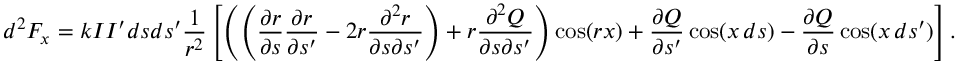
d ^ { 2 } F _ { x } = k I I ^ { \prime } d s d s ^ { \prime } { \frac { 1 } { r ^ { 2 } } } \left[ \left( \left( { \frac { \partial r } { \partial s } } { \frac { \partial r } { \partial s ^ { \prime } } } - 2 r { \frac { \partial ^ { 2 } r } { \partial s \partial s ^ { \prime } } } \right) + r { \frac { \partial ^ { 2 } Q } { \partial s \partial s ^ { \prime } } } \right) \cos ( r x ) + { \frac { \partial Q } { \partial s ^ { \prime } } } \cos ( x \, d s ) - { \frac { \partial Q } { \partial s } } \cos ( x \, d s ^ { \prime } ) \right] .